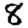
Digit: 8